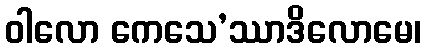
ဝါလော ကေသေ’ဿာဒိလောမေ၊